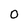
Character: O